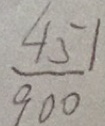
\frac { 4 5 1 } { 9 0 0 }